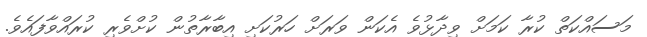
މަސައްކަތް ކުރާ ކަމަށް ވިދާޅުވެ އެކަން ވަރަށް ހަރުކަށި އިބާރާތުން ކުށްވެރި ކުރައްވާފައެވެ.